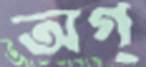
অগ্